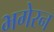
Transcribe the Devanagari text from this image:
भगेरन